Vaccination in the Punjab 1905-1918 - 1905-1918
Year: 1905
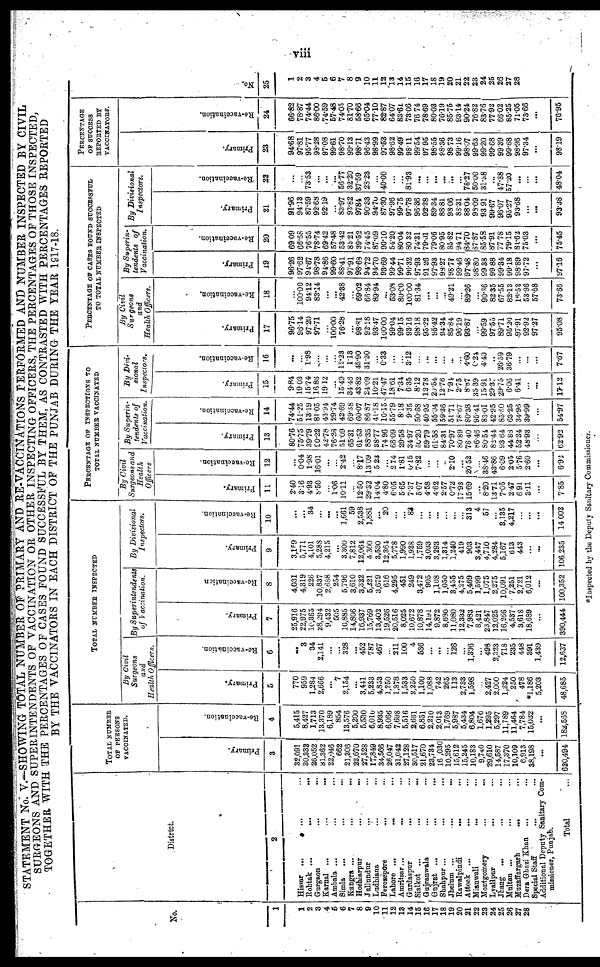
viii
STATEMENT No. V.—SHOWING TOTAL NUMBER OF PRIMARY AND RE-VACCINATIONS PERFORMED AND NUMBER INSPECTED BY CIVIL
SURGEONS AND SUPERINTENDENTS OF VACCINATION OR OTHER INSPECTING OFFICERS, THE PERCENTAGES OF THOSE INSPECTED,
TOGETHER WITH THE PERCENTAGES OF CASES FOUND SUCCESSFUL BY THEM, AS CONTRASTED WITH PERCENTAGES REPORTED
BY THE VACCINATORS IN EACH DISTRICT OF THE PUNJAB DURING THE YEAR 1917-18.
No.
1
1
2
3
4
5
6
7
8
9
10
11
12
13
14
15
16
17
18
19
20
21
22
23 24
25
26
27
26
Distrtct.
2
Hissar ... ... ...
Rohtak ... ... ...
Gurgaon ... ... ...
Karnal ... ... ...
Ambala ... ... ...
Simla ... ... ...
Kangra ... ... ...
Hoshiarpur ... ...
Jullundur ... ...
Ludhiana ... ...
Ferozepore ... ...
Lahore ... ... ...
Amritsar... ... ...
Gurdaspur ... ...
Sialkot ... ... ...
Gujranwala ... ...
Gujrat ... ... ...
Shahpur ... ... ...
Jhelum ... ... ...
Rawalpindi ... ...
Attock ... ... ...
Mianwali ... ...
Montgomery ... ...
Lyallpur ... ...
Jhang ... ... ...
Multan ... ... ...
Muzaffargarh ... ...
Dehra Gazi Khan ... ...
Special Staff ... ...
Additional Deputy Sanitary Com-
missioner, Punjab.
Total ...
TOTAL NUMBER
OF PERSONS
VACCINATED.
Primary.
3
32 091
30,332
26,052
31, 362
22,046
662
21,306
22,670
27,528
17,849
34,566
26,047
31,042
27,128
30,517
21,670
23,734
16,030
10,295
15,612
15,245
10,183
9,740
29,610
14,587
17,370
10,109
6,913
38,198
...
620,494
Re-vaccination.
4
5,415
8,427
1,713
13,370
6,189
854
13,576
5,200
5,530
6,010
8,935
6,066
7,698
5,516
2,661
6,851
2,210
2,013
1,769
5,987
5,434
6,804
1,676
1,295
5,297
11,789
11,464
7,784
15,032
...
182,568
TOTAL NUMBER INSPECTED
By Civil
Surgeons
and
Health Officers.
Primary.
5
770
959
1,284
2,666
...
7
2,154
...
3,441
5,233
4,853
1,250
1,878
1,533
2,250
1,100
1,088
742
265
113
2,733
1,598
...
2,427
2,000
1,224
250
478
*1,186
5,203
48,685
Re-vaccination.
6
...
3
34
2,141
...
...
328
...
452
787
467
...
211
100
4
536
...
...
...
126
...
1,396
...
498
2,323
718
235
448
391
1,439
12,637
By Superintendents
of Vaccination.
Primary.
7
25,916
22,975
10,365
28,294
9,432
505
10,885
14,806
16,937
15,769
13,402
19,526
20,516
8,025
10,672
10,878
14,191
9,872
8,680
11,080
12,332
7,983
8,421
23,847
12,025
16,266
4,537
3,618
18,689
...
390,444
Re-vaccination
8
4,031
4,319
226
10,837
2,688
254
5,796
3,610
3,322
5,221
3,679
616
4,295
451
249
3,472
905
1,108
1,050
3,455
4,275
5,469
1,599
1,075
2,275
10,091
7,251
2,721
6,012
...
100,352
By Divisional
Inspectors.
Primary.
9
3,159
5,771
4,101
5,288
4,215
...
3,300
7,812
12,064
4,300
3,530
12,364
5,778
1,990
1,938
1,759
3,033
3,293
1,314
1,240
419
903
3,447
4,710
4,284
5,167
613
443
...
...
106,235
Re-vaccination.
10
...
...
34
...
...
...
1,661
59
2,538
1,881
...
20
...
...
83
...
...
...
...
...
...
313
4
57
...
3,135
4,217
...
...
...
14,002
PERCENTAGE OF INSPECTIONS TO
TOTAL NUMBER VACCINATED
By Civil
Surgeons and
Health
Officers
Primary.
11
2.40
3.16
4.93
8.50
...
1.06
10.11
...
12.50
29.32
14.04
4.80
6.05
5.65
7.37
5.07
4.58
4.62
2.57
0.72
17.93
15.69
...
8.20
13.71
7.05
2.47
6.91
3.11
...
7.85
Re-vaccination.
12
...
0.04
1.98
16.01
...
...
2.42
...
8.17
13.09
5.23
...
2 .74
1.81
0.15
7.82
...
...
...
2.10
...
20.52
...
38.46
43.86
6.09
2.05
5.76
2.60
...
6.92
By Superin-
tendents of
Vaccination.
Primary.
13
80.76
75.75
39.79
90.22
42.78
76.28
51.09
65.31
61.53
88.35
38.77
74. 96
66.09
29.58
34.97
50.20
59.79
61.58
84.31
70.97
80.89
78.40
86.46
80.54
82.44
93.64
44.88
52.34
48.93
...
62.92
Re-vaccination.
14
74.44
51.25
13.19
81.05
43.94
29.74
42.69
69.38
60.07
86.87
41.18
10.15
55.79
8.18
9.35
50.68
40.95
55.04
59.36
51.71
78.67
80.38
95.41
83.01
42.95
85.60
63.25
34.96
39.99
...
54.97
By Divi¬
sional
Inspectors.
Primary.
15
9.84
19.03
15.74
16.86
19.12
...
15.49
34.48
43.82
24.09
10.21
47.47
18.61
7.34
6.35
8.12
12.78
20.54
12.76
7.94
2.75
8.87
35.39
15.91
29.37
29.75
6.06
6.41
...
...
17.12
Re-vaccination.
16
...
...
1.98
...
...
...
12.23
1.13
45.90
31.30
...
0.33
...
...
3.12
...
....
...
...
...
...
4.60
0.24
4.40
...
26.59
36.79
...
...
...
7.67
PERCENTAGE OF CASES FOUND SUCCESSFUL
TO TOTAL NUMBER INSPECTED
By Civil
Surgeons
and
Health Officers.
Primary.
17
96.75
96.14
97.20
97.71
...
100.00
76.28
...
98.81
92.18
93.47
100.00
99.04
99.15
93.16
98.18
95.22
95.42
94.34
85.84
96.19
93.87
...
99.59
97.55
89.71
95.20
97.91
92.92
97.27
95.08
Re-vaccination.
18
...
100.00
94.12
83.14
...
...
42.38
...
69.02
66.84
89.94
...
53.08
80.00
100.00
81.34
...
...
...
49.21
...
89.26
...
90.36
82.35
67.55
82.13
16.52
53.96
...
73.66
By Superin¬
tendents of
Vaccination.
Primary.
19
96.26
97.62
94.67
98.78
94.86
99.60
88.41
97.91
98.68
94.72
94.70
93.69
99.44
99.71
96.32
97.93
91.26
97.93
93.27
98.73
99.46
97.48
98.80
99.38
99.88
99.34
99.18
98.89
97.72
...
97.16
Re-vaccination.
20
69.09
66.68
76.55
78.74
69.42
57.48
53.42
85.21
39.53
74.45
87.09
90.10
54.20
80.04
80.32
74.31 .
79.01
79.06
80.95
35.82
94.71
84.70
87.87
85.58
87.91
77.78
79.15
81.62
75.03
...
75.45
By Divisional
Inspectors.
Primary.
21
91.96
94.13
87.59
92.68
92.19
...
83.97
93.82
97.84
90.33
94.70
87.30
97.96
99.75
97.78
96.36
92.28
89.34
88.81
98.06
88.31
88.04
98.09
93.91
99.67
96.07
95.27
93.68
...
...
93.38
Re-vaccination.
22
...
...
73.53
...
...
...
56.77
32.20
37.59
28.23
...
40.00
...
...
81.93
...
...
...
...
...
...
78.27
50.00
31.58
...
47.88
57.20
...
...
...
48.04
PERCENTAGE
OF SUCCESS
REPORTED BY
VACCINATORS.
Primary.
23
94.68
97.81
95.77
98.28
97.08
99.61
98.70
99.13
98.71
96.43
98.99
97.53
98.62
99.49
98.11
99.54
97.95
98.55
98.36
98.73
99.16
98.07
99.63
99.20
99.68
99.39
99.68
98.96
97.34
...
98.19
Re-vaccination.
24
66.82
78.87
74.44
86.00
74.59
57.48
74.05
81.70
58.66
65.04
77.10
82.87
64.07
83.61
73.06
76.74
78.69
80.03
76.19
85.75
93.14
90.24
76.82
83.76
77.92
66.02
85.25
71.05
73.66
...
76.95
No.
25
1
2
3
4
5
6
7
8
9
10
11
12
13
14
15
16
17
18
19
20
21
22
23
24
25
26
27
28
*Inspected by the Deputy Sanitary Commissioner.